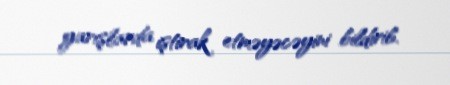
yarışlarda iştirak etməyəcəyini bildirib.